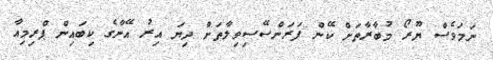
ނަމަވެސް ޔޫރޯ މުބާރާތަށް ކޭން ފަރަންސޭސިވިލާތަށް ދިޔަ އިރު އޭނާގެ ކިބައިން ޕްރިމިއާ